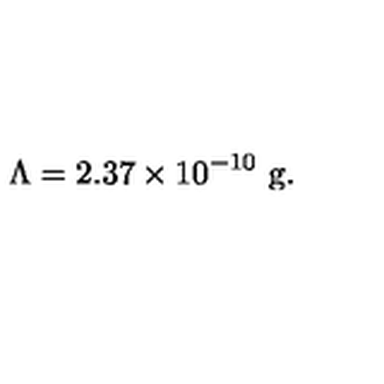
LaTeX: \Lambda = 2 . 3 7 \times 1 0 ^ { - 1 0 } \ \mathrm { g } .